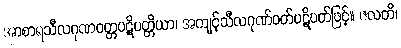
အာစာရသီလဂုဏဝတ္တပဋိပတ္တိယာ၊ အကျင့်သီလဂုဏ်ဝတ်ပဋိပတ်ဖြင့်။ ဇလတိ၊